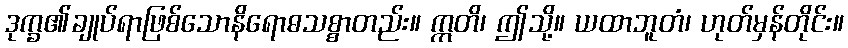
ဒုက္ခ၏ချုပ်ရာဖြစ်သောနိရောဓသစ္စာတည်း။ ဣတိ၊ ဤသို့။ ယထာဘူတံ၊ ဟုတ်မှန်တိုင်း။